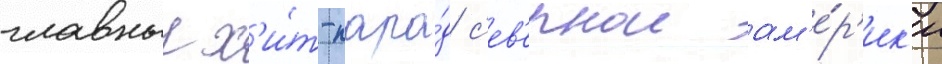
главныи х'и́т-пара́д с'ев'ернои ам'е́р'ик'и